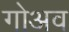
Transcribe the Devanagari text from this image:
गोअव